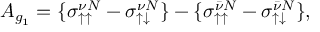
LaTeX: A _ { g _ { 1 } } = { \{ \sigma _ { \uparrow \uparrow } ^ { \nu N } - \sigma _ { \uparrow \downarrow } ^ { \nu N } \} - \{ \sigma _ { \uparrow \uparrow } ^ { \bar { \nu } N } - \sigma _ { \uparrow \downarrow } ^ { \bar { \nu } N } \} } ,